Report of the Municipal Commissioner on the plague in Bombay for the year ending 31st May... - Volume 1
Disease focus: Plague
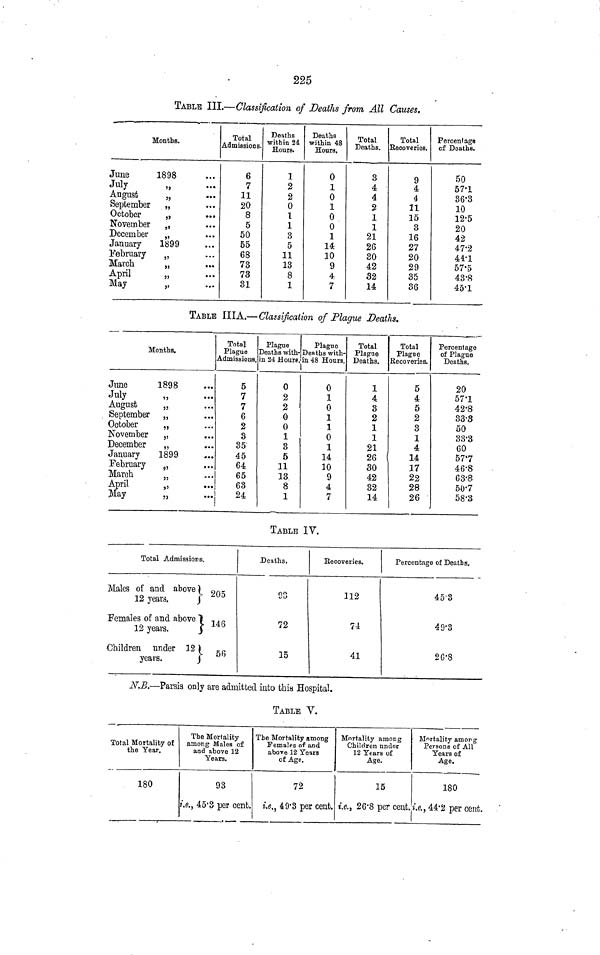
225
TABLE III.—Classification of Deaths from All Causes.
Months.
June
1898
July
„
August
„
September
„
October
„
November
„
December
„
January
1899
February
„
March
„
April
„
May
„
Total
Admissions.
6
7
11
20
8
5
50
55
68
73
73
31
Deaths
within 24
Hours.
1
2
2
0
1
1
3
5
11
13
8
1
Deaths
within 48
Hours.
0
1
0
1
0
0
1
14
10
9
4
7
Total
Deaths.
3
4
4
2
1
1
21
26
30
42
32
14
Total
Recoveries.
9
4
4
11
15
3
16
27
20
29
35
36
Percentage
of Deaths.
50
57·1
36·3
10
12·5
20
42
47·2
44·1
57·5
43·8
45·1
TABLE IIIA.—Classification of Plague Deaths.
Months.
June
1898
July
„
August
„
September
„
October
„
November
,,
December
„
January
1899
February
,
March
„
April
,,
May
„
Total
Plague
Admissions.
5
7
7
6
2
3
35
45
64
65
63
24
Plague
Deaths with-
in 24 Hours.
0
2
2
0
0
1
3
5
11
13
8
1
Plague
Deaths with-
in 48 Hours.
0
1
0
1
1
0
1
14
10
9
4
7
Total
Plague
Deaths.
1
4
3
2
1
1
21
26
30
42
32
14
Total
Plague
Recoveries.
5
4
5
2
3
1
4
14
17
22
28
26
Percentage
of Plague
Deaths.
20
57·1
42·8
33·3
50
33·3
60
57·7
46·8
63·8
50·7
58·3
TABLE IV.
Total Admissions.
Males of and
above} 205
12 years.
Females of and above }146
12 years.
Children under
12} 56
years.
Deaths.
00
72
15
Recoveries.
112
74
41
Percentage of Deaths,
45·3
49·3
26·8
N.B.—Parsis only are admitted into this Hospital.
TABLE V.
Total Mortality of
the Year.
180
The Mortality
among Males of
and above 12
Years.
93
i.e., 45·3 per cent.
The Mortality among
Females of and
above 12 Years
of Age.
72
i.e., 49·3 per cent.
Mortality among
Children under
12 Years of
Age.
15
i.e., 26·8 per cent.
Mortality among
Persons of All
Years of
Age.
180
i.e., 44·2 per cent.